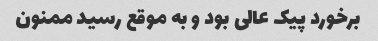
برخورد پیک عالی بود و به موقع رسید ممنون